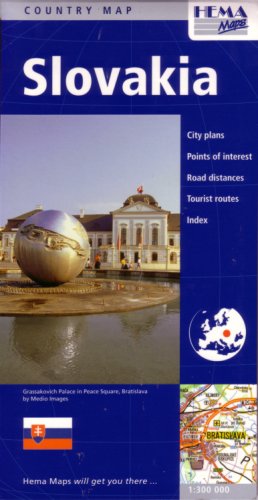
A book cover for Slovakia Travel Map by Hema (English, Italian and German Edition); Hema Maps; Travel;